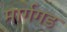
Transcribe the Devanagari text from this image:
मार्गगड